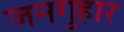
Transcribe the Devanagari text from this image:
जनगुहार